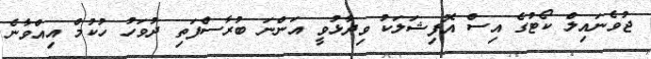
ޖުވެނައިލް ކޯޓުގެ އިސް އޮފިޝަލަކު ވިދާޅުވީ އަންނަ ބުރާސްފަތި ދުވަހު ހުކުމް އިއްވާނެ